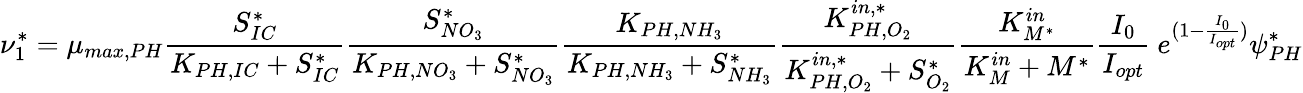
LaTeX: \nu_{1}^{*}=\mu_{max,PH}\frac{S_{IC}^{*}}{K_{PH,IC}+S_{IC}^{*}}\frac{S_{NO_{3}}^{*}}{K_{PH,NO_{3}}+S_{NO_{3}}^{*}}\frac{K_{PH,NH_{3}}}{K_{PH,NH_{3}}+S_{NH_{3}}^{*}}\frac{K_{PH,O_{2}}^{in,*}}{K_{PH,O_{2}}^{in,*}+S_{O_{2}}^{*}}\frac{K_{M^{*}}^{in}}{K_{M}^{in}+M^{*}}\frac{I_{0}}{I_{opt}}\ e^{(1-\frac{I_{0}}{I_{opt}})}\psi_{PH}^{*}